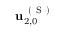
\mathbf { u } _ { 2 , 0 } ^ { \mathrm { ~ ( ~ S ~ ) ~ } }